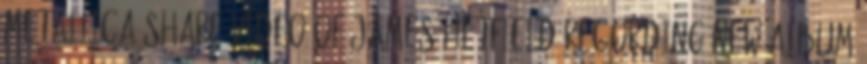
Metallica Share Video of James Hetfield Recording New Album